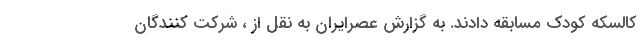
کالسکه کودک مسابقه دادند. به گزارش عصرایران به نقل از ، شرکت کنندگان